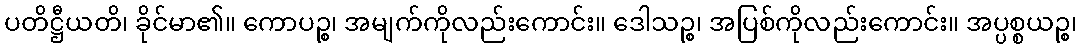
ပတိဋ္ဌီယတိ၊ ခိုင်မာ၏။ ကောပဉ္စ၊ အမျက်ကိုလည်းကောင်း။ ဒေါသဉ္စ၊ အပြစ်ကိုလည်းကောင်း။ အပ္ပစ္စယဉ္စ၊